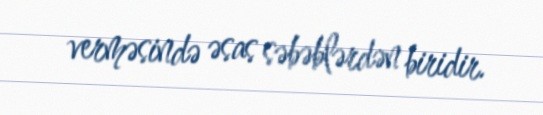
verməsində əsas səbəblərdən biridir.